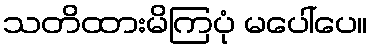
သတိထားမိကြပုံ မပေါ်ပေ။